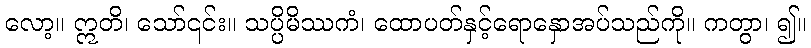
လော့။ ဣတိ၊ သော်၎င်း။ သပ္ပိမိဿကံ၊ ထောပတ်နှင့်ရောနှောအပ်သည်ကို။ ကတွာ၊ ၍။